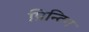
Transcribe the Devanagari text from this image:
प्रिन्टिग